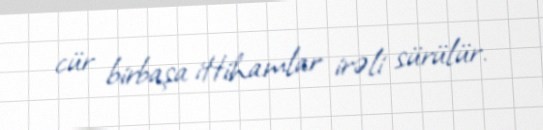
cür birbaşa ittihamlar irəli sürülür.